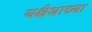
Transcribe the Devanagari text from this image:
यक्षेशाच्या